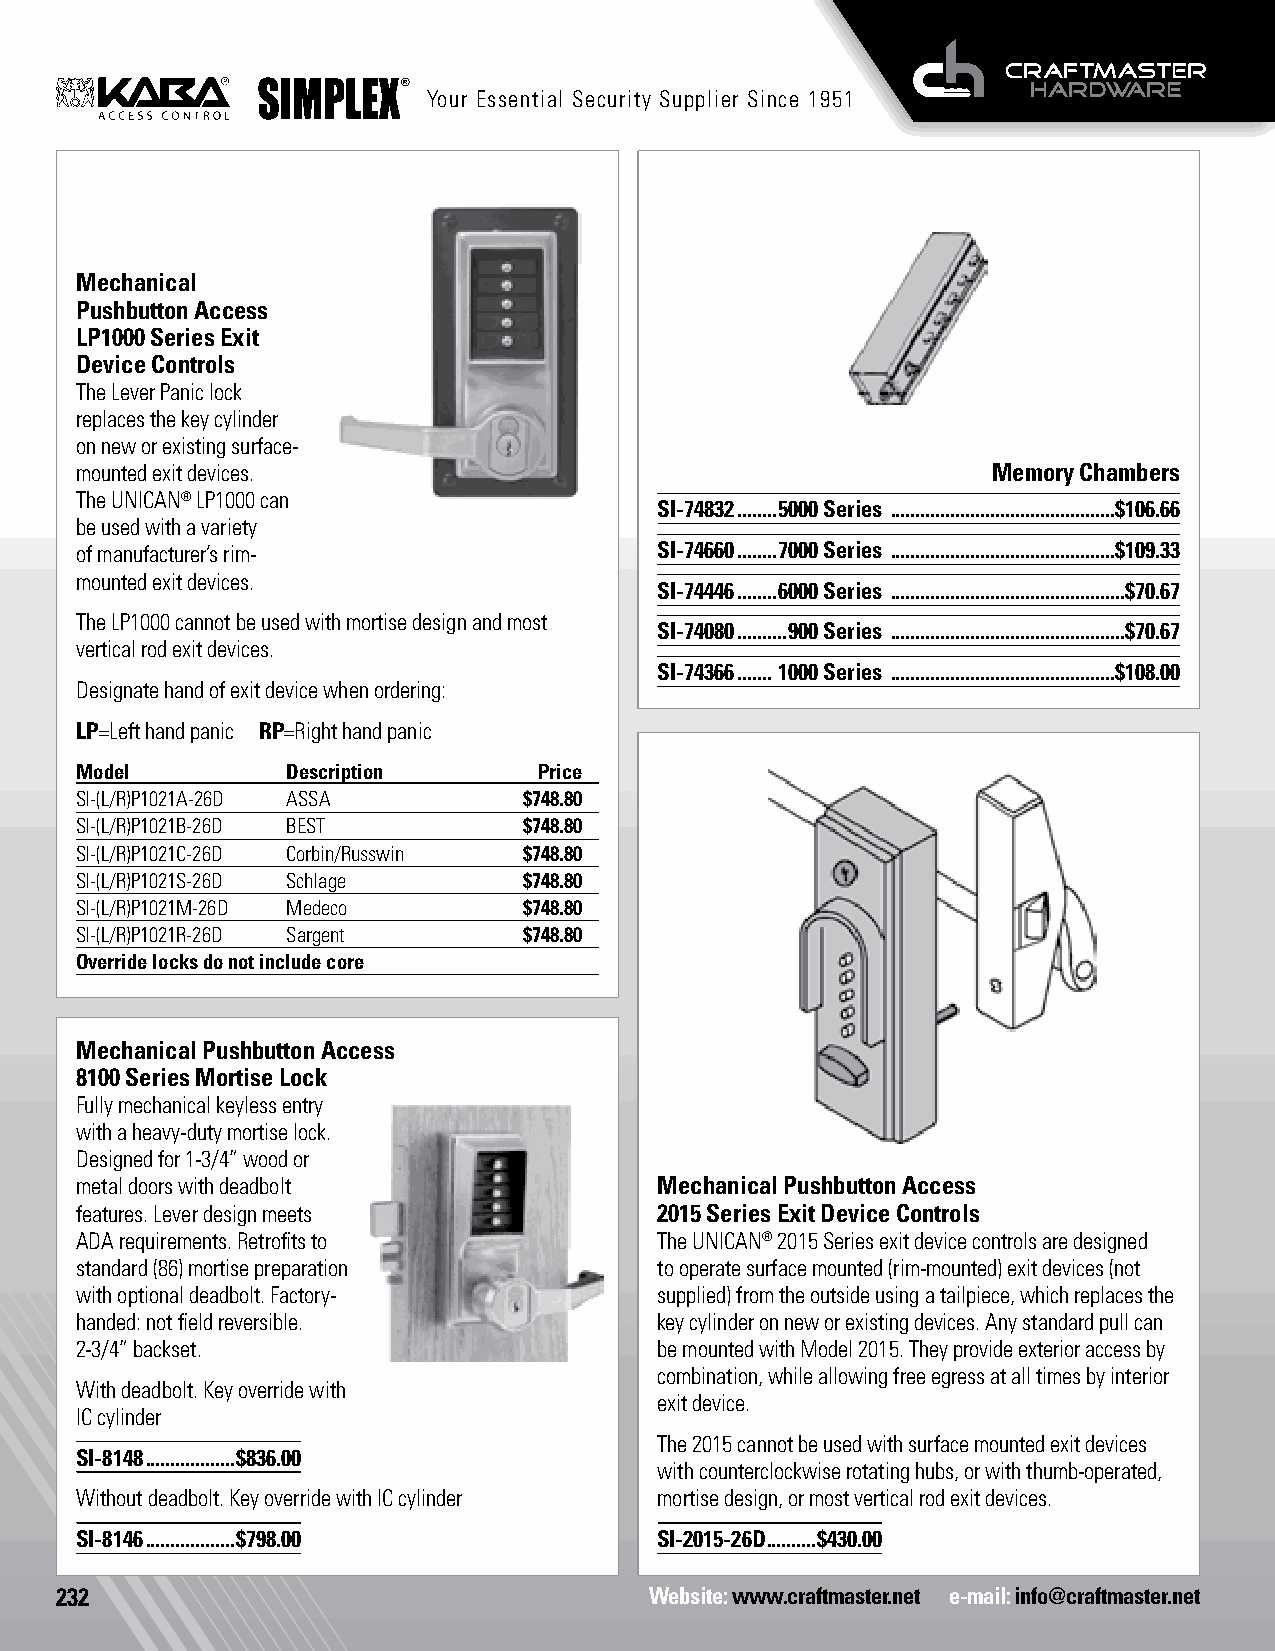
Your Essential Security Supplier Since 1951
 Mechanical
 Pushbutton Access
 LP1000 Series Exit
 Device Controls
 The Lever Panic lock
 replaces the key cylinder
 on new or existing surface-
 mounted exit devices.                                        Memory Chambers
 The UNICAN® LP1000 can
 SI-74832 ........5000 Series .............................................$106.66
 be used with a variety
 of manufacturer’s rim-                 SI-74660 ........7000 Series .............................................$109.33
 mounted exit devices.
 SI-74446 ........6000 Series ...............................................$70.67
 The LP1000 cannot be used with mortise design and most
 SI-74080 ..........900 Series ...............................................$70.67
 vertical rod exit devices.
 SI-74366 ....... 1000 Series .............................................$108.00
 Designate hand of exit device when ordering:
 LP=Left hand panic RP=Right hand panic
 Model         Description      Price
 SI-(L/R)P1021A-26D ASSA       $748.80
 SI-(L/R)P1021B-26D BEST       $748.80
 SI-(L/R)P1021C-26D Corbin/Russwin $748.80
 SI-(L/R)P1021S-26D Schlage    $748.80
 SI-(L/R)P1021M-26D Medeco     $748.80
 SI-(L/R)P1021R-26D Sargent    $748.80
 Override locks do not include core
 Mechanical Pushbutton Access
 8100 Series Mortise Lock
 Fully mechanical keyless entry
 with a heavy-duty mortise lock.
 Designed for 1-3/4” wood or
 metal doors with deadbolt              Mechanical Pushbutton Access
 features. Lever design meets           2015 Series Exit Device Controls
 ADA requirements. Retrofits to         The UNICAN® 2015 Series exit device controls are designed
 standard (86) mortise preparation      to operate surface mounted (rim-mounted) exit devices (not
 with optional deadbolt. Factory-       supplied) from the outside using a tailpiece, which replaces the
 handed: not field reversible.          key cylinder on new or existing devices. Any standard pull can
 2-3/4” backset.                        be mounted with Model 2015. They provide exterior access by
 combination, while allowing free egress at all times by interior
 With deadbolt. Key override with
 exit device.
 IC cylinder
 The 2015 cannot be used with surface mounted exit devices
 SI-8148 ..................$836.00
 with counterclockwise rotating hubs, or with thumb-operated,
 Without deadbolt. Key override with IC cylinder mortise design, or most vertical rod exit devices.
 SI-8146 ..................$798.00      SI-2015-26D ..........$430.00
 232                                    Website: www.craftmaster.net e-mail: info@craftmaster.net